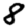
Digit: 8